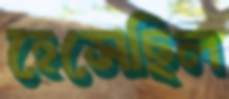
হেসেছিল